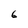
Character: 6